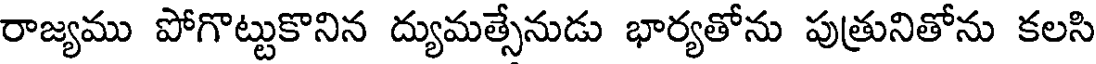
రాజ్యము పోగొట్టుకొనిన ద్యుమత్సేనుడు భార్యతోను పుత్రునితోను కలసి